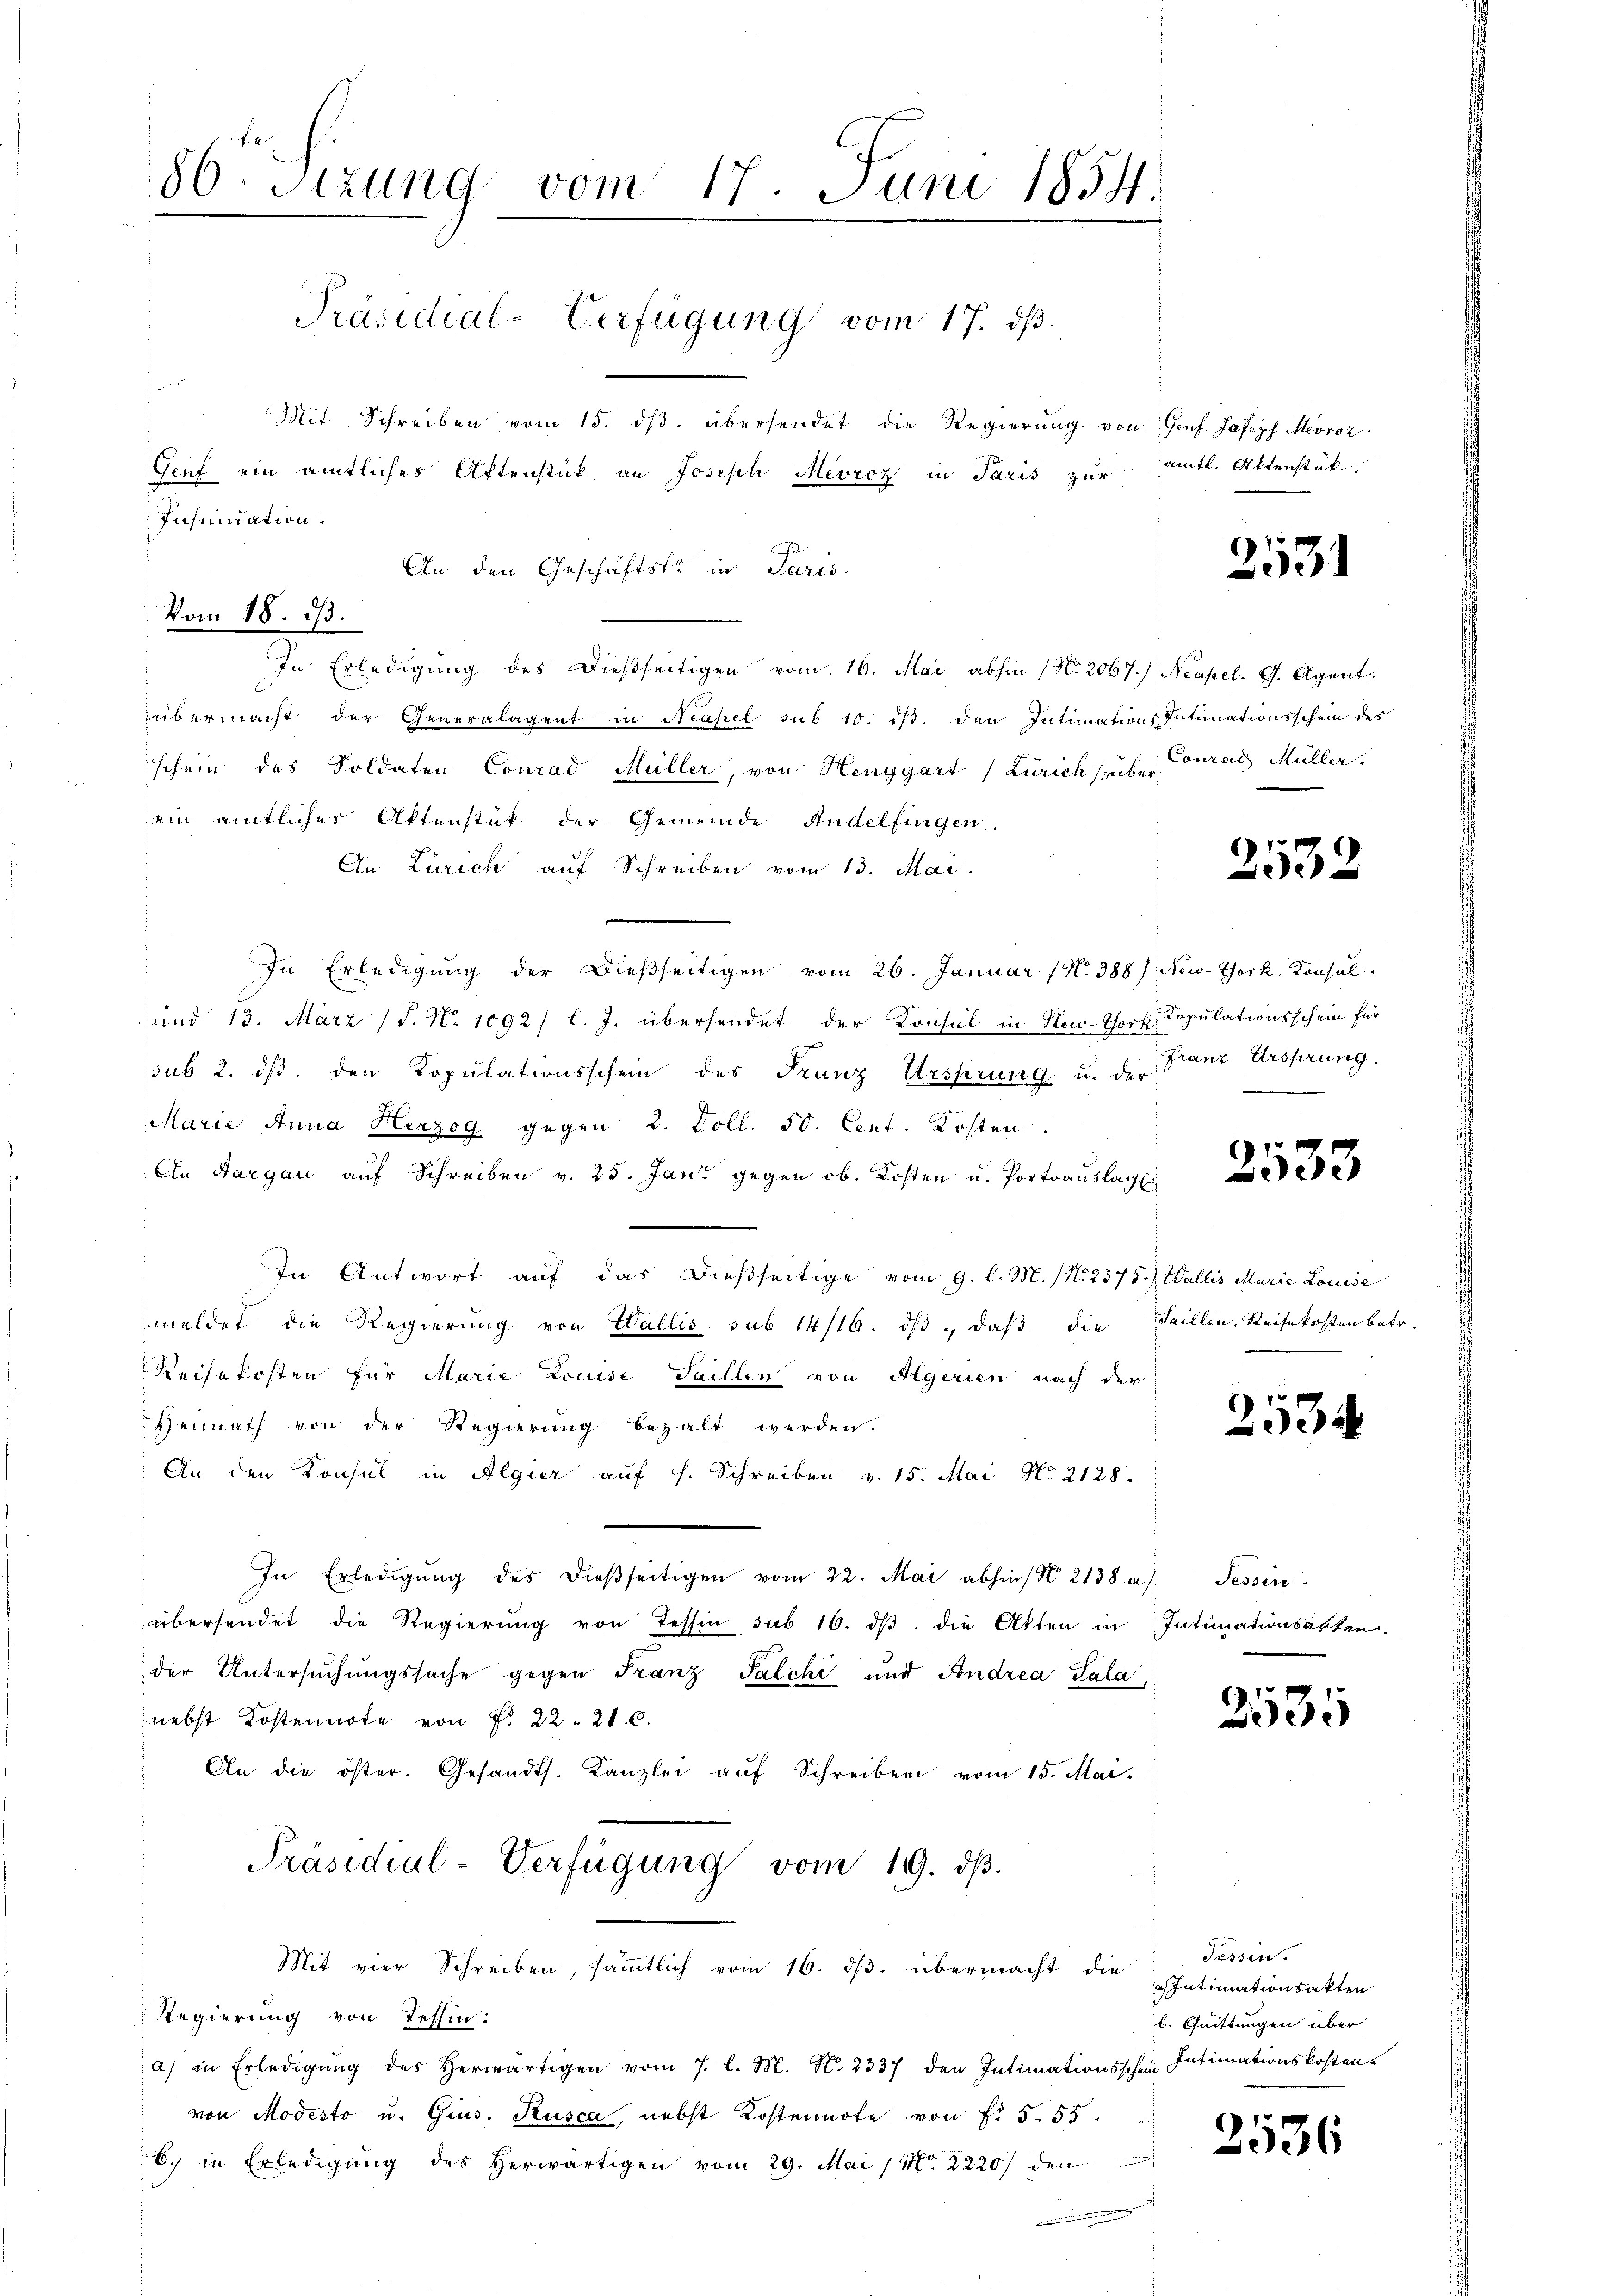
86 Sezung vom 17. Juni 1854
Präsidial-Verfügung vom 17. ds.
r
Mit Schreiben vom 15. ds. übersendet die Regierung von Honf. Joseph Mevroz
Genf ein amtliches Aktenstück an Joseph Mevroz in Paris zur amtl. Aktenstük
Insinuation.

An den Geschäftster in Paris
In Erledigung des dießseitigen vom 16. Mai abhin (Nr. 2067.) Neapel. G. Agent
übermacht der Generalagent in Neapel sub 10. ist. den Intimations Intimationsschein des
schein des Soldaten Conrad Müller, von Henggart (Zürich sehe Conrad Müller.
ain amtliches Aktenstük der Gemeinde Andelfingen.
An Zürich auf Schreiben vom 13. Mai
In Erledigung der dießseitigen vom 26. Januar (N. 388 f. New-York, Konsul
und 13. März 18. No 1092/ l. J. übersendet der Konsul in New-Thorf Kopulationsschein für
sub 2. ds. den Kopulationsschein des Franz Ursprung u. der Stanz Ursprung.
Marie Anna Herzog gegen 2. Toll. 50. Cent. Kosten
An Aargau auf Schreiben v. 25. Janz gegen ob. Kosten u. Portoauslagen
In Antwort auf das dießseitige vom 9. l. M. (N. 2575.) Wallis Marie Louise
meldet die Regierung von Wallis sub 14/19. dβ daβ die Saillen, Reisekosten betr.
Reisekosten für Marie Louise Saillen von Algerien nach der
Hennath von der Regierung bezalt werden.
An den Konsul in Algier auf s. Schreiben v. 15. Mai No 2128.
In Erledigŭng des dieβseitigen vom 22. Mai abhin (N. 2138 a: Tessin.
übersendet die Regierung von Tessin sub 16. dβ die Akten in Intimationsakten.
der Untersuchungssache gegen Franz Palchi und Andrea Sala,
nebst Kostennote von Fr. 22. 210.
An die öster. Gesandts. Kanzlei aŭf Schreiben vom 15. Mai.
Präsidial-Verfügung vom 19. dβ.
Mit vier Schreiben, sämmtlich vom 16. ds. übermacht die
Regierung von Tessin:
a) in Erledigŭng des herwärtigen vom 7. l. M. N. 2337 den Intimationsschein Intimationskosten
von Modesto u. Gius. Kusca, nebst Kostennote von Fr. 5. 55
6. in Erledigung des Herwärtigen vom 29. Mai / No. 2220) den

Vom 18. d.

2531

2532

2533

2534

2535

Tessin.
Intimationsakten
b. Quittungen über

2536